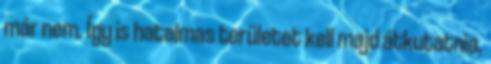
már nem. Így is hatalmas területet kell majd átkutatnia,